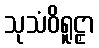
သုသံဝိရူဠှာ